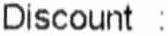
DISCOUNT :